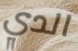
الدي